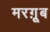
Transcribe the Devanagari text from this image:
मरग़ूूब